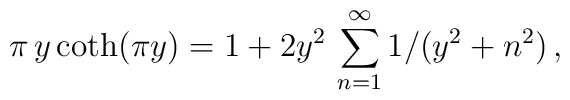
\pi\,y\coth (\pi y) = 1 + 2y^2 \, \sum_{n=1}^{\infty} 1/(y^2 + n^2)\,,